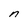
Character: n